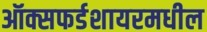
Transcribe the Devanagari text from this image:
ऑक्सफर्डशायरमधील